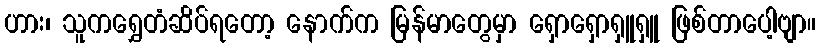
ဟား၊ သူကရွှေတံဆိပ်ရတော့ နောက်က မြန်မာတွေမှာ ရှောရှောရှူရှူ ဖြစ်တာပေါ့ဗျာ။